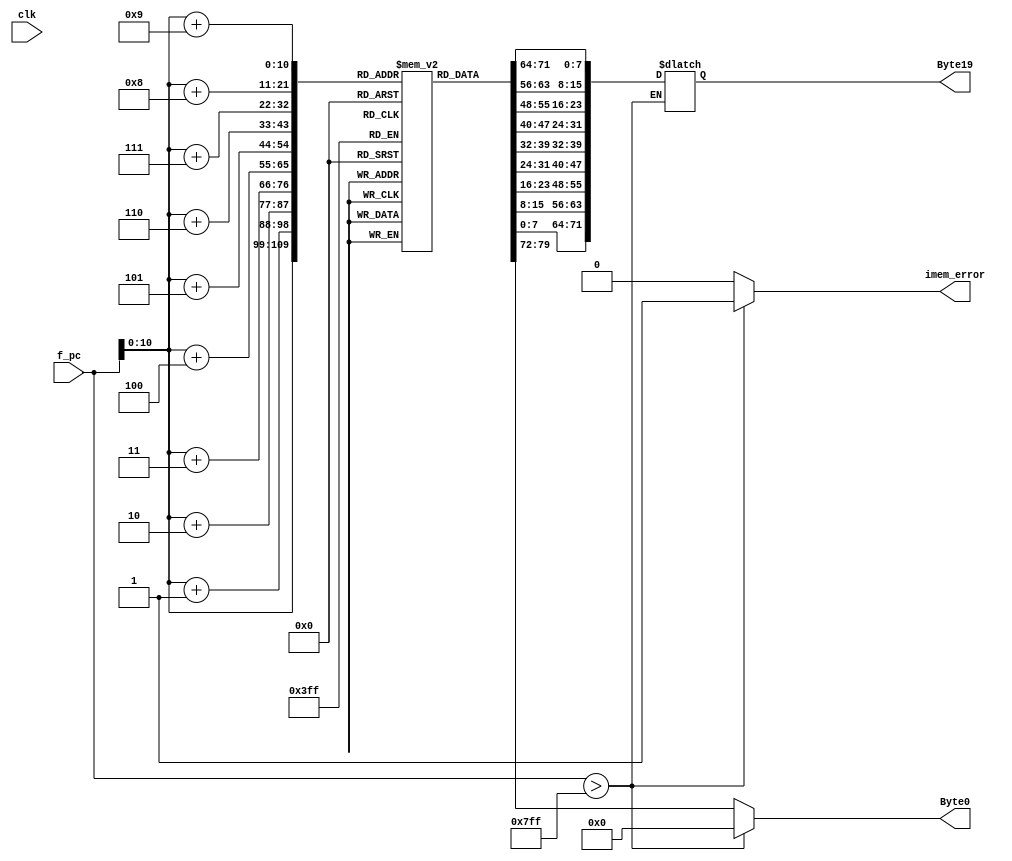
module instruction_memory(clk, f_pc, imem_error, Byte0, Byte19);

input clk;
input[63:0] f_pc;
output reg imem_error;
output reg[7:0] Byte0;
output reg[71:0] Byte19;

reg [0:7] instr_mem[0:2047];

initial begin
        instr_mem[0] = 8'b01100000; //6 add
        instr_mem[1] = 8'b00000011; //%rax %rbx 
        instr_mem[2] = 8'b00010000; //no operation 

        instr_mem[3] = 8'b01100001; //6 subtract
        instr_mem[4] = 8'b00000010; //%rax %rdx

        instr_mem[5] = 8'b01000000; //4-rmmovq 
        instr_mem[6] = 8'b00000011; //rax and (rbx)
        instr_mem[7] = 8'b01010101; //VALC ---->from 6 to 13
        instr_mem[8] = 8'b01010101;
        instr_mem[9] = 8'b01010101;
        instr_mem[10] = 8'b01010101;
        instr_mem[11] = 8'b01010101;
        instr_mem[12] = 8'b01010101;
        instr_mem[13] = 8'b01010101;
        instr_mem[14] = 8'b01010101;

        instr_mem[15] = 8'b00010000; //no operation
        instr_mem[16] = 8'b00010000; //no operation
        instr_mem[17] = 8'b00000000; //halt
    end


always @(*) begin

	if(f_pc > 64'd2047) begin
		imem_error <= 1'b1;
		Byte0 <= 8'b00000000;

	end
	else begin
		imem_error = 1'b0;
		Byte0 = instr_mem[f_pc];
		Byte19[7:0] <= instr_mem[f_pc+1];
		Byte19[15:8] <= instr_mem[f_pc+2];
		Byte19[23:16] <= instr_mem[f_pc+3];
		Byte19[31:24] <= instr_mem[f_pc+4];
		Byte19[39:32] <= instr_mem[f_pc+5];
		Byte19[47:40] <= instr_mem[f_pc+6];
		Byte19[55:48] <= instr_mem[f_pc+7];
		Byte19[63:56] <= instr_mem[f_pc+8];
		Byte19[71:64] <= instr_mem[f_pc+9];

		
	end	
end

endmodule